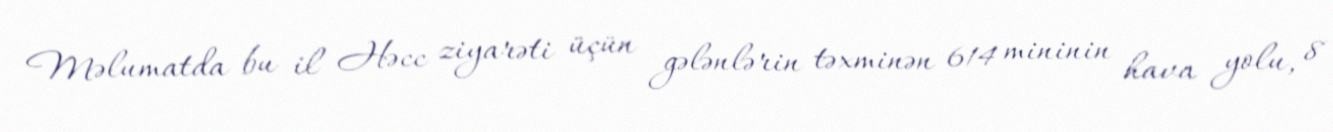
Məlumatda bu il Həcc ziyarəti üçün gələnlərin təxminən 614 mininin hava yolu, 8